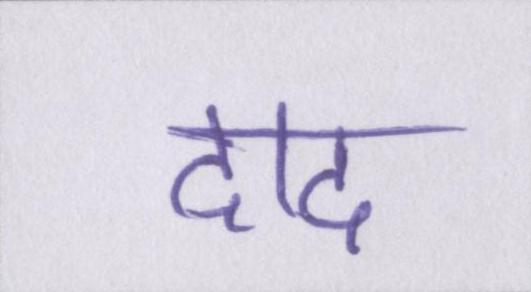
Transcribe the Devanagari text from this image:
दाद